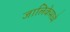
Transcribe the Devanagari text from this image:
जालिकेमध्ये